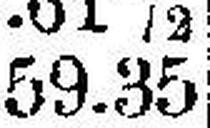
59.35